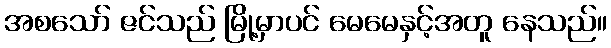
အစသော် ဇင်သည် မြို့မှာပင် မေမေနှင့်အတူ နေသည်။